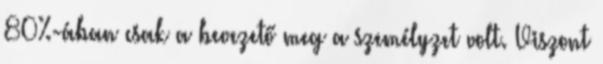
80%-ában csak a bevezető meg a személyzet volt. Viszont